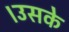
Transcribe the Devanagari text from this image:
।उसके